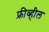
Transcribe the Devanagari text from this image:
फ्रीव्हील